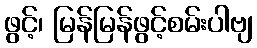
ဖွင့်၊ မြန်မြန်ဖွင့်စမ်းပါဗျ